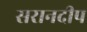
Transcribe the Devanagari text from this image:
सरानदीप